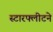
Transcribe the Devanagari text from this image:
स्टारफ्लीटने